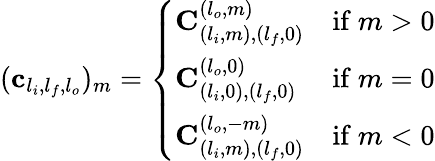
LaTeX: (\mathbf{c}_{l_{i},l_{f},l_{o}})_{m}=\left\{ \begin{array}{ll}{\mathbf{C}_{(l_{i},m),(l_{f},0)}^{(l_{o},m)}}&{\mathrm{if~}m>0}\\ {\mathbf{C}_{(l_{i},0),(l_{f},0)}^{(l_{o},0)}}&{\mathrm{if~}m=0}\\ {\mathbf{C}_{(l_{i},m),(l_{f},0)}^{(l_{o},-m)}}&{\mathrm{if~}m<0}\end{array}\right.